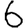
Digit: 6